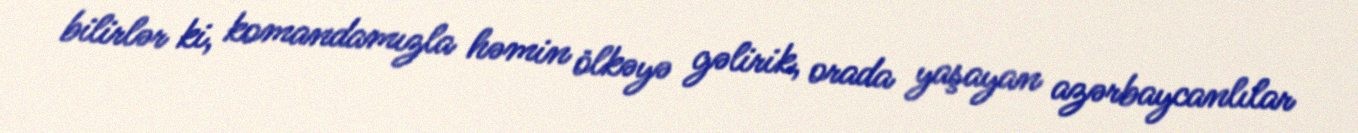
bilirlər ki, komandamızla həmin ölkəyə gəlirik, orada yaşayan azərbaycanlılar